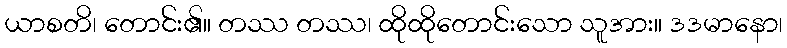
ယာစတိ၊ တောင်း၏။ တဿ တဿ၊ ထိုထိုတောင်းသော သူအား။ ဒဒမာနော၊